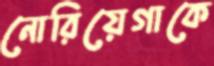
নোরিয়েগাকে